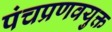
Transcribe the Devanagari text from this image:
पंचप्रणवयुक्त